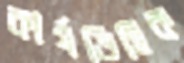
কার্যভিত্তিক